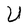
Character: U